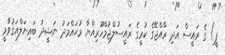
ޕީ) ގެ ރައީސް އަދި ރާއްޖޭގެ ކުރީގެ ރައީސުލްޖުމްހޫރިއްޔާ މުޙައްމަދު ނަޝީދު ބައިނަލްއަޤުވާމީ